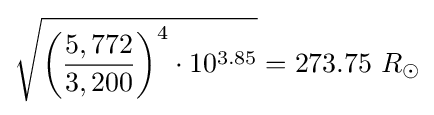
{\sqrt {{\biggl (}{\frac {5,772}{3,200}}{\biggr )}^{4}\cdot 10^{3.85}}}=273.75\ R_{\odot }